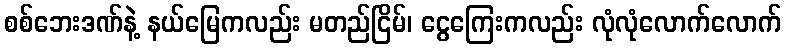
စစ်ဘေးဒဏ်နဲ့ နယ်မြေကလည်း မတည်ငြိမ်၊ ငွေကြေးကလည်း လုံလုံလောက်လောက်